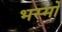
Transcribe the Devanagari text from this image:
भस्मों